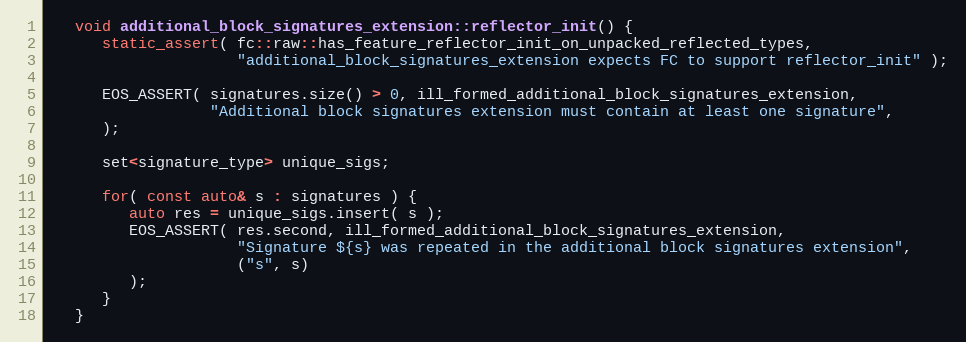
Language: C++
   void additional_block_signatures_extension::reflector_init() {
      static_assert( fc::raw::has_feature_reflector_init_on_unpacked_reflected_types,
                     "additional_block_signatures_extension expects FC to support reflector_init" );

      EOS_ASSERT( signatures.size() > 0, ill_formed_additional_block_signatures_extension,
                  "Additional block signatures extension must contain at least one signature",
      );

      set<signature_type> unique_sigs;

      for( const auto& s : signatures ) {
         auto res = unique_sigs.insert( s );
         EOS_ASSERT( res.second, ill_formed_additional_block_signatures_extension,
                     "Signature ${s} was repeated in the additional block signatures extension",
                     ("s", s)
         );
      }
   }